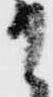
て